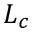
L _ { c }